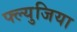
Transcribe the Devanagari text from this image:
फ्ल्युजिया